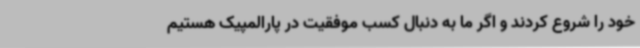
خود را شروع کردند و اگر ما به دنبال کسب موفقیت در پارالمپیک هستیم